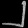
Digit: ၂